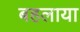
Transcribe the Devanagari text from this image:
बहलाया